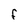
Character: f